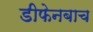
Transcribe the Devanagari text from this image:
डीफेनबाच